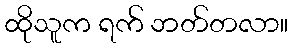
ထိုသူက ရက် ဘတ်တလာ။